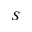
S